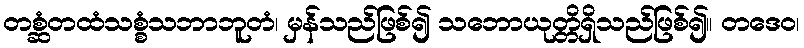
တစ္ဆံတထံသစ္စံသဘာဘူတံ၊ မှန်သည်ဖြစ်၍ သဘောယုတ္တိရှိသည်ဖြစ်၍။ တဒေဝ၊